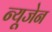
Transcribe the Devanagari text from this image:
न्यूजेन